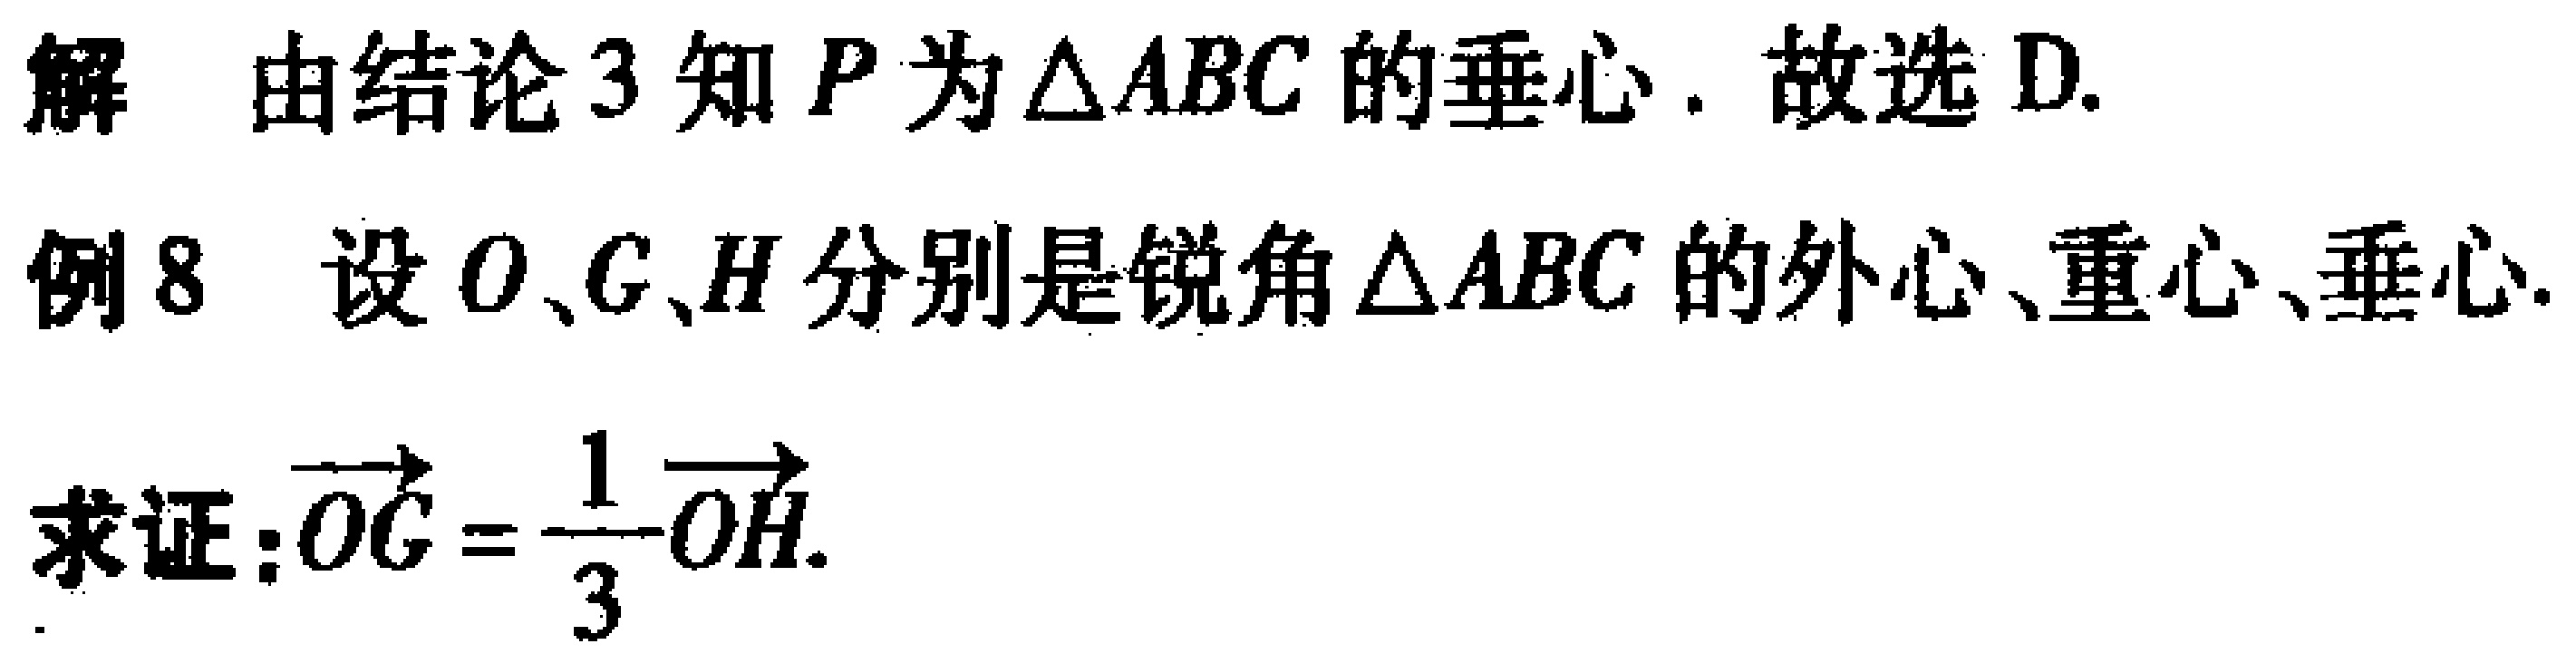
解 由结论3知\(P\)为\(\triangle ABC\)的垂心. 故选D.
例8 设\(O、G、H\)分别是锐角\(\triangle ABC\)的外心、重心、垂心.
求证：\(\overrightarrow{OG}=\frac{1}{3}\overrightarrow{OH}\).